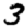
Digit: 3